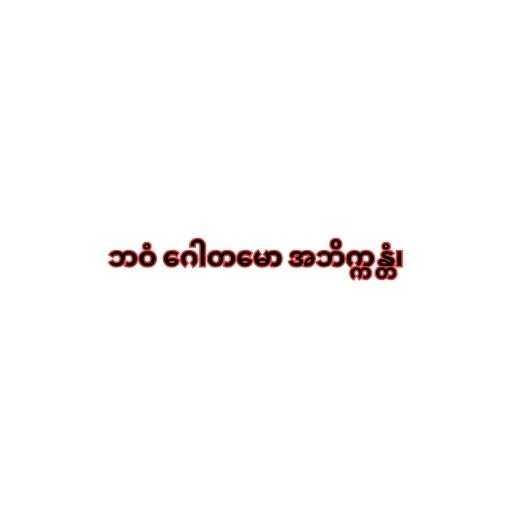
ဘဝံ ဂေါတမော အဘိက္ကန္တံ၊